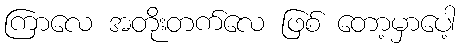
ကြာလေ အတိုးတက်လေ ဖြစ် တော့မှာပေါ့